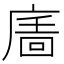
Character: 𢊉